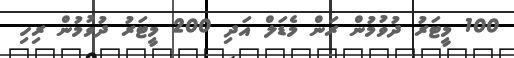
100 މީޓަރު ދުވުމުން ރަން މެޑަލް އަދި 200 މީޓަރު ދުވުމުން ރިހި